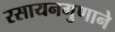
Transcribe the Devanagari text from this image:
रसायनगुणाने